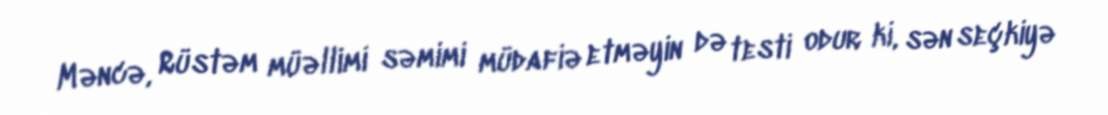
Məncə, Rüstəm müəllimi səmimi müdafiə etməyin də testi odur ki, sən seçkiyə